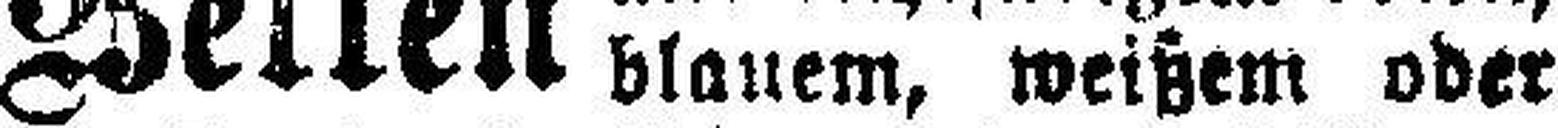
blauem, weißem oder